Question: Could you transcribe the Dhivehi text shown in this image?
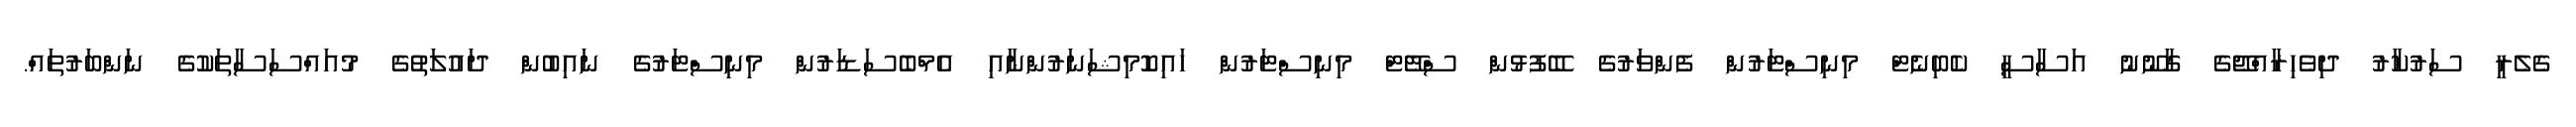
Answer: ގެލެރީ ސަރުކާރު ދިވެހިރާއްޖޭގެ ގާނޫނު އަސާސީ ކެބިނެޓް މިނިސްޓަރުން ފެންވަރުގެ ބޭފުޅުން ސްޓޭޓް މިނިސްޓަރުން ހައިކޮމިޝަނަރުންނާއި އެމްބެސަޑަރުން މިނިސްޓަރުގެ ނައިބުން ދައުލަތުގެ މުއައްސަސާތަކުގެ ނަންބަރުތައް.